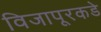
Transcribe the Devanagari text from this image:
विजापूरकडे